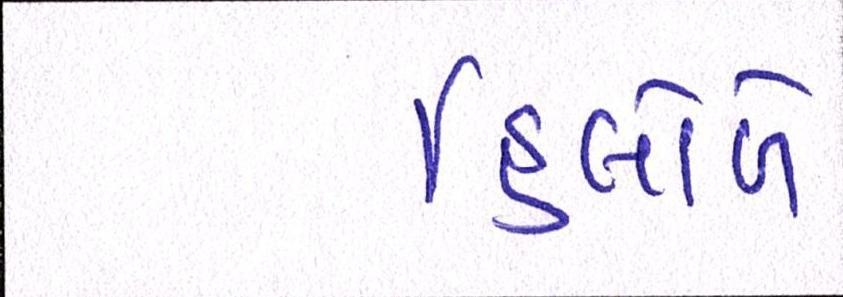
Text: હિલોળે